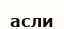
асли